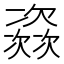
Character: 𱤺